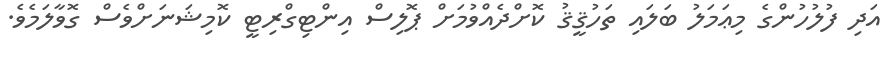
އަދި ފުލުހުންގެ މިޢަމަލު ބަލައި ތަހުޤީޤު ކޮށްދެއްވުމަށް ޕޮލިސް އިންޓިގްރިޓީ ކޮމިޝަނަށްވެސް ގޮވާލަމެވެ.